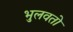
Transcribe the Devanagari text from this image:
भुलवतो